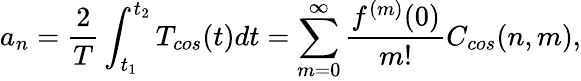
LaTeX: a_{n}=\frac{2}{T}\int_{t_{1}}^{t_{2}}T_{cos}(t)dt=\sum_{m=0}^{\infty}\frac{f^{(m)}(0)}{m!}C_{cos}(n,m),